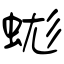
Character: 蛖